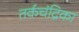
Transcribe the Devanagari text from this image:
तर्कचंद्रिका